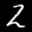
Label: 2